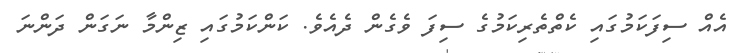
އެއް ސިފަކަމުގައި ކެތްތެރިކަމުގެ ސިފަ ވެގެން ދެއެވެ. ކަންކަމުގައި ޒިންމާ ނަގަން ދަންނަ